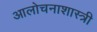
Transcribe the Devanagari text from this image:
आलोचनाशास्त्री